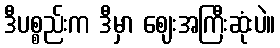
ဒီပစ္စည်းက ဒီမှာ ဈေးအကြီးဆုံးပဲ။